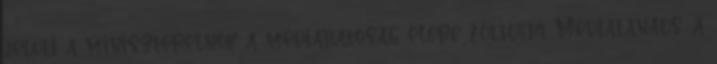
jelöli a miniszterelnök a médiahatóság élére 2013.08.14. Médiatanács: a